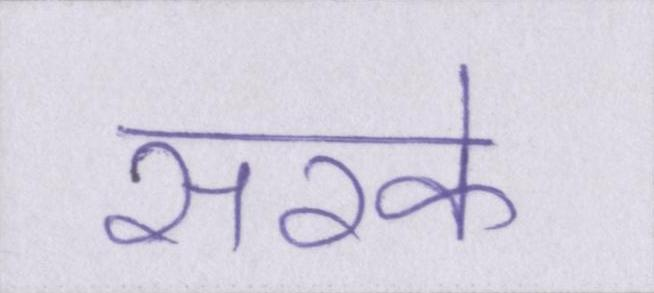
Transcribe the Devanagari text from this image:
सरके